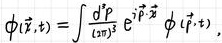
$\phi(\vec{r},t)=\int\frac{d^{3}p}{(2\pi)^{3}}e^{i\vec{p}\cdot\vec{x}}\ \phi(\vec{p},t)$